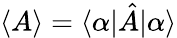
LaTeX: \langle A\rangle=\langle\alpha\vert\hat{A}\vert\alpha\rangle